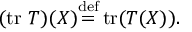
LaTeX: ( \operatorname { t r } \, T ) ( X ) { \stackrel { \mathrm { d e f } } { = } } \operatorname { t r } ( T ( X ) ) .